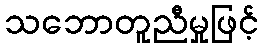
သဘောတူညီမှုဖြင့်